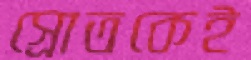
স্রোতকেই